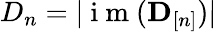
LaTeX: D_{n}=|\mathrm{~i~m~}(\mathbf D_{[n]})|